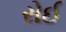
રોઈ